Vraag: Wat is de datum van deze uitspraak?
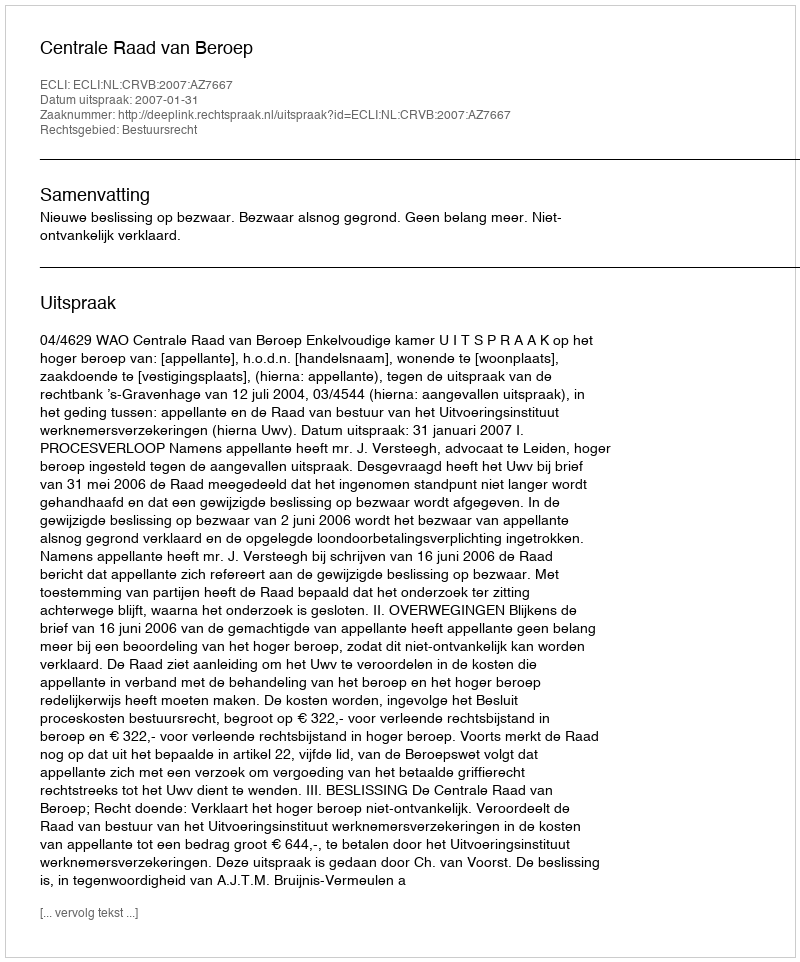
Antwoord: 2007-01-31